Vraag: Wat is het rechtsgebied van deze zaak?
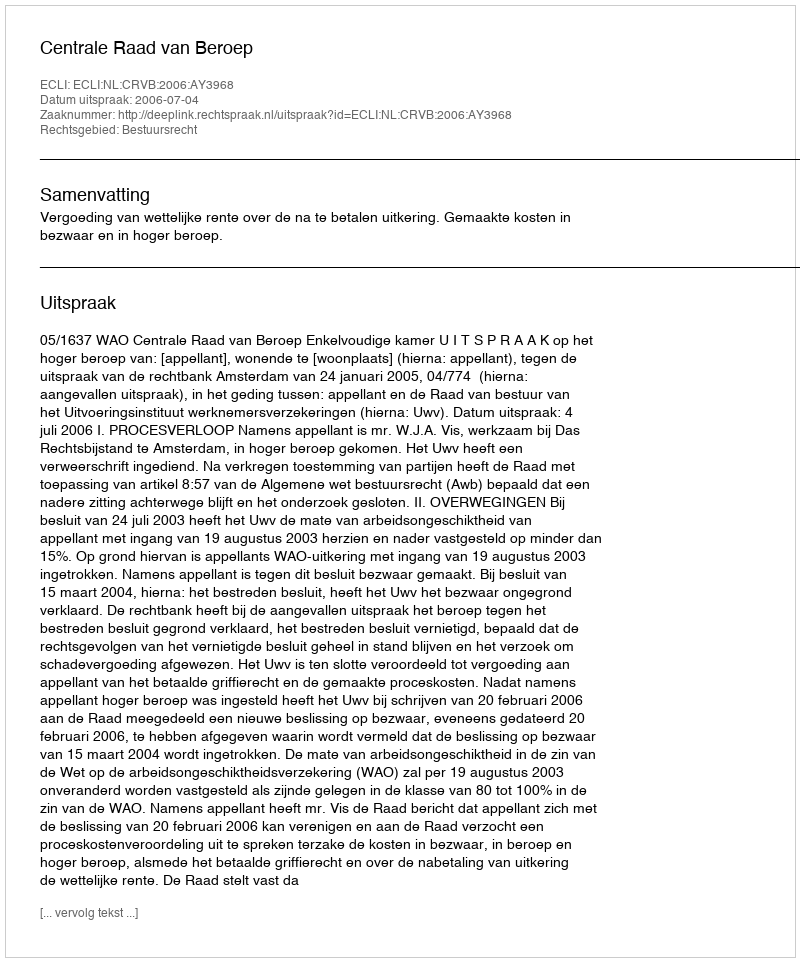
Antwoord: Bestuursrecht